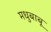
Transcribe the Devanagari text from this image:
मधुबाबू